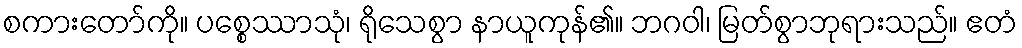
စကားတော်ကို။ ပစ္စေဿာသုံ၊ ရိုသေစွာ နာယူကုန်၏။ ဘဂဝါ၊ မြတ်စွာဘုရားသည်။ ဧတံ